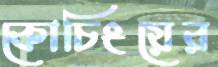
কোচিংয়ের